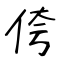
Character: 侉